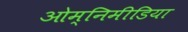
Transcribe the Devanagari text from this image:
ओम्‍निमीडिया